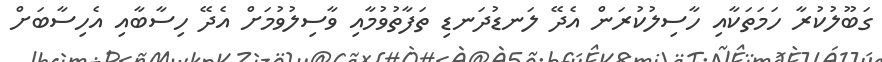
ގަބޫލުކުރާ ހަމަތަކާއި ހާސިލުކުރަން އެދޭ ލަނޑުދަނޑި ތަފާތުވުމާއި ވާސިލުވުމަށް އެދޭ ހިސާބާއި އެހިސާބަށް